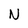
Character: N